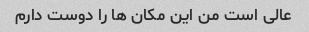
عالی است من این مکان ها را دوست دارم